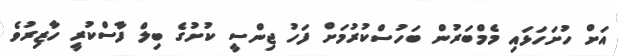
އަށް ހުށަހަޅައި މެމްބަރުން ބަހުސްކުރުމަށް ފަހު ޖިންސީ ކުށުގެ ބިލް ފާސްކުރީ ހާޒިރުވެ